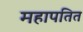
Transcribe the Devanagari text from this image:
महापतित